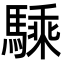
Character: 騬